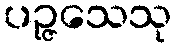
ပဉ္ဇသေသု